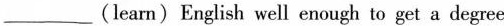
___(learn) English well enough to get a degree